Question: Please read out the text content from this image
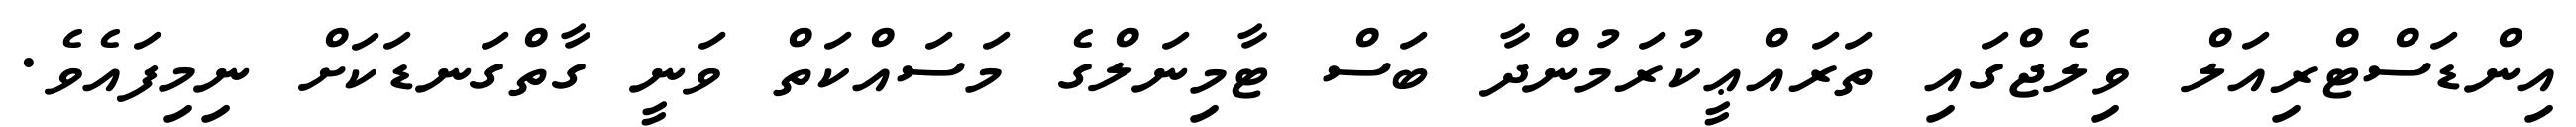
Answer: އިންޑަސްޓްރިއަލް ވިލެޖްގައި ތަރައްޢީކުރަމުންދާ ބަސް ޓާމިނަލްގެ މަސައްކަތް ވަނީ ގާތްގަނޑަކަށް ނިމިފައެވެ.